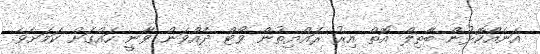
އަނެއްކޮޅުން ބާތިލް އޮތް އިރު ރައްޔިތުން ވޯޓް ދެއްވަން ވާނީ ހައްގަށް ކަމަށެވެ.